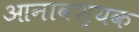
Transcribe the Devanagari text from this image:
आनावश्यक